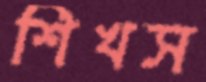
শিখস